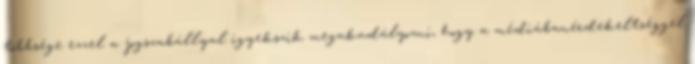
többsége ezzel a jogszabállyal igyekszik megakadályozni, hogy a médiábanérdekeltséggel